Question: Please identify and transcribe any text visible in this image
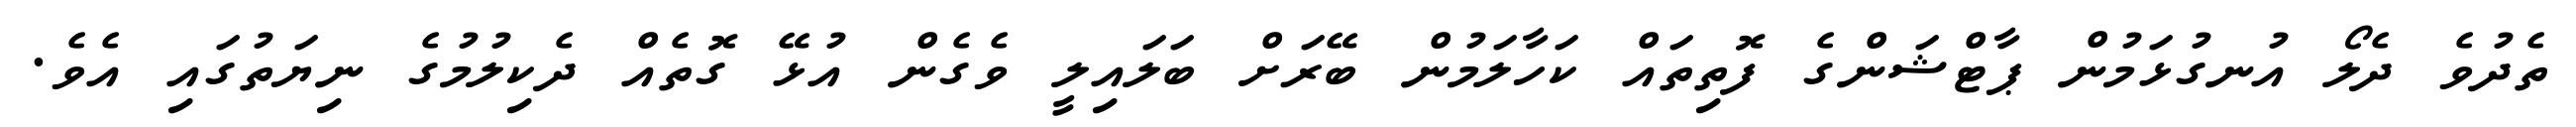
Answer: ތެދުވެ ދެލޯ އުނގުޅަމުން ޕާޓްޝަންގެ ފޮތިތައް ކަހާލަމުން ބޭރަށް ބަލައިލީ ވެގެން އުޅޭ ގޮތެއް ދެކިލުމުގެ ނިޔަތުގައި އެވެ.